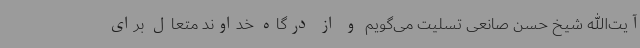
آیت‌الله شیخ حسن صانعی تسلیت می‌گویم و از درگاه خداوند متعال برای